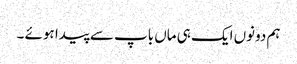
ہم دونوں ایک ہی ماں باپ سے پیدا ہوئے ۔